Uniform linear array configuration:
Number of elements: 4
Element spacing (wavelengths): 0.75
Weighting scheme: exponential
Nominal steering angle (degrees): -15
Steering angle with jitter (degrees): -16.979
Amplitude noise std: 0.05
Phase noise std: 0.05

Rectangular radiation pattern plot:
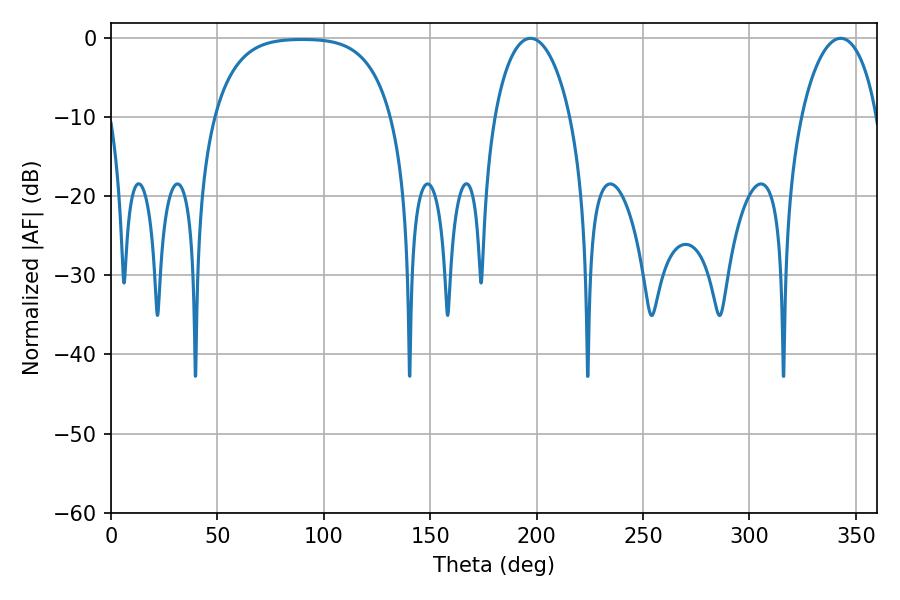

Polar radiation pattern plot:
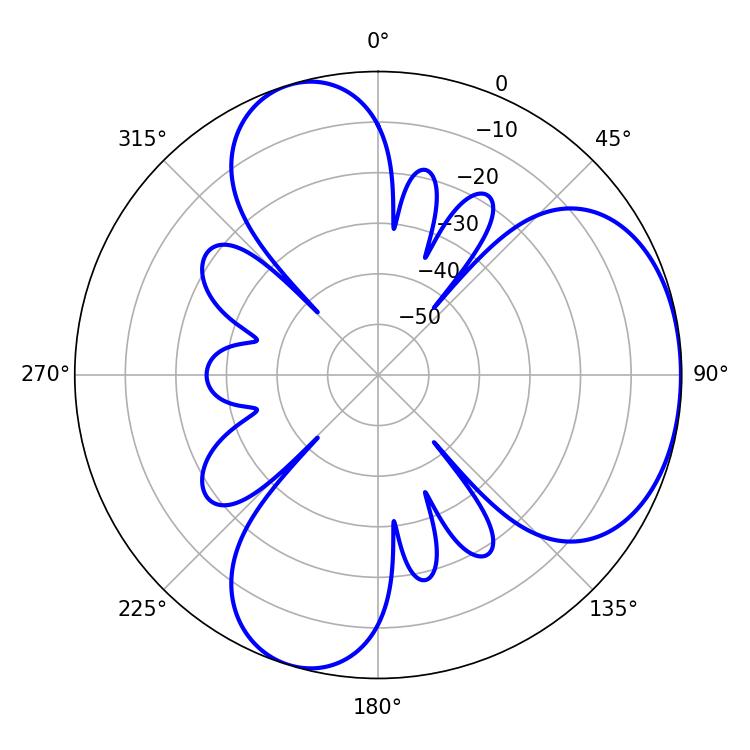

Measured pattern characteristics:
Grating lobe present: TRUE
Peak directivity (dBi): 4.5
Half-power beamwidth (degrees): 20.34
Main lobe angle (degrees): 197.1